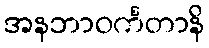
အနဘာဝင်္ကတာနိ